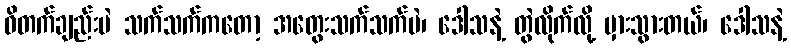
ဝိတက်ချည်းပဲ သက်သက်ကတော့ အတွေးသက်သက်ပဲ၊ ဒေါသနဲ့ တွဲလိုက်လို့ မှားသွားတယ်၊ ဒေါသနဲ့